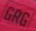
GRG